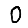
Digit: 0